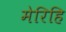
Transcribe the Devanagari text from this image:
मेरिहि